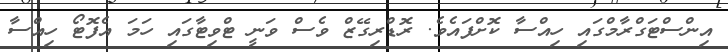
އިންސްޓަގްރާމްގައި ހިއްސާ ކޮށްފައެވެ. ރޮޑްރިގޭޒް ވެސް ވަނީ ޓްވިޓާގައި ހަމަ އެފޮޓޯ ހިއްސާ